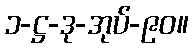
၁-ဋ္ဌ-ဒု-အုပ်-၉၀။